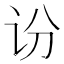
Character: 𫍛